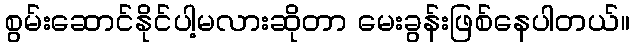
စွမ်းဆောင်နိုင်ပါ့မလားဆိုတာ မေးခွန်းဖြစ်နေပါတယ်။